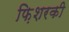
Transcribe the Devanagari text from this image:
फ़िशरकी